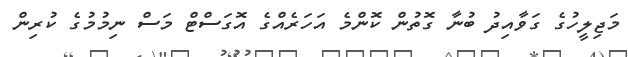
މަޖިލީހުގެ ގަވާއިދު ބުނާ ގޮތުން ކޮންމެ އަހަރެއްގެ އޮގަސްޓް މަސް ނިމުމުގެ ކުރިން